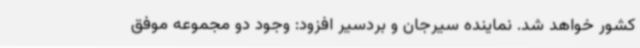
کشور خواهد شد. نماینده سیرجان و بردسیر افزود: وجود دو مجموعه موفق